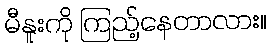
မီနူးကို ကြည့်နေတာလား။